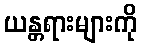
ယန္တရားများကို